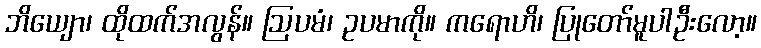
ဘိယျော၊ ထိုထက်အလွန်။ ဩပမံ၊ ဥပမာကို။ ကရောဟိ၊ ပြုတော်မူပါဦးလော့။